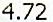
4.72